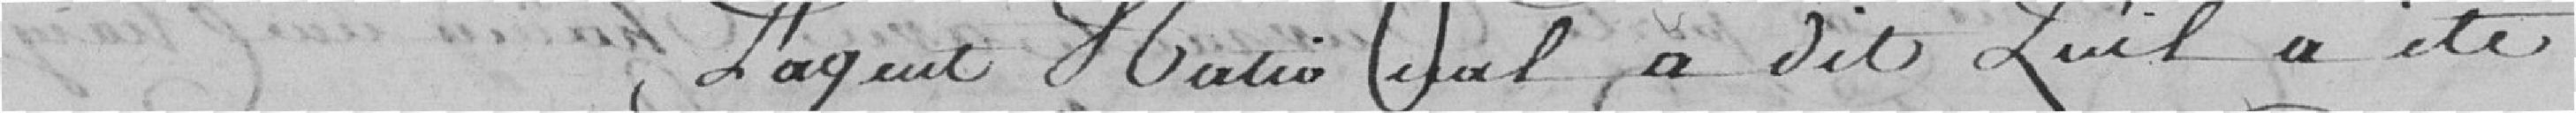
l'agent national a dit qu'il a été